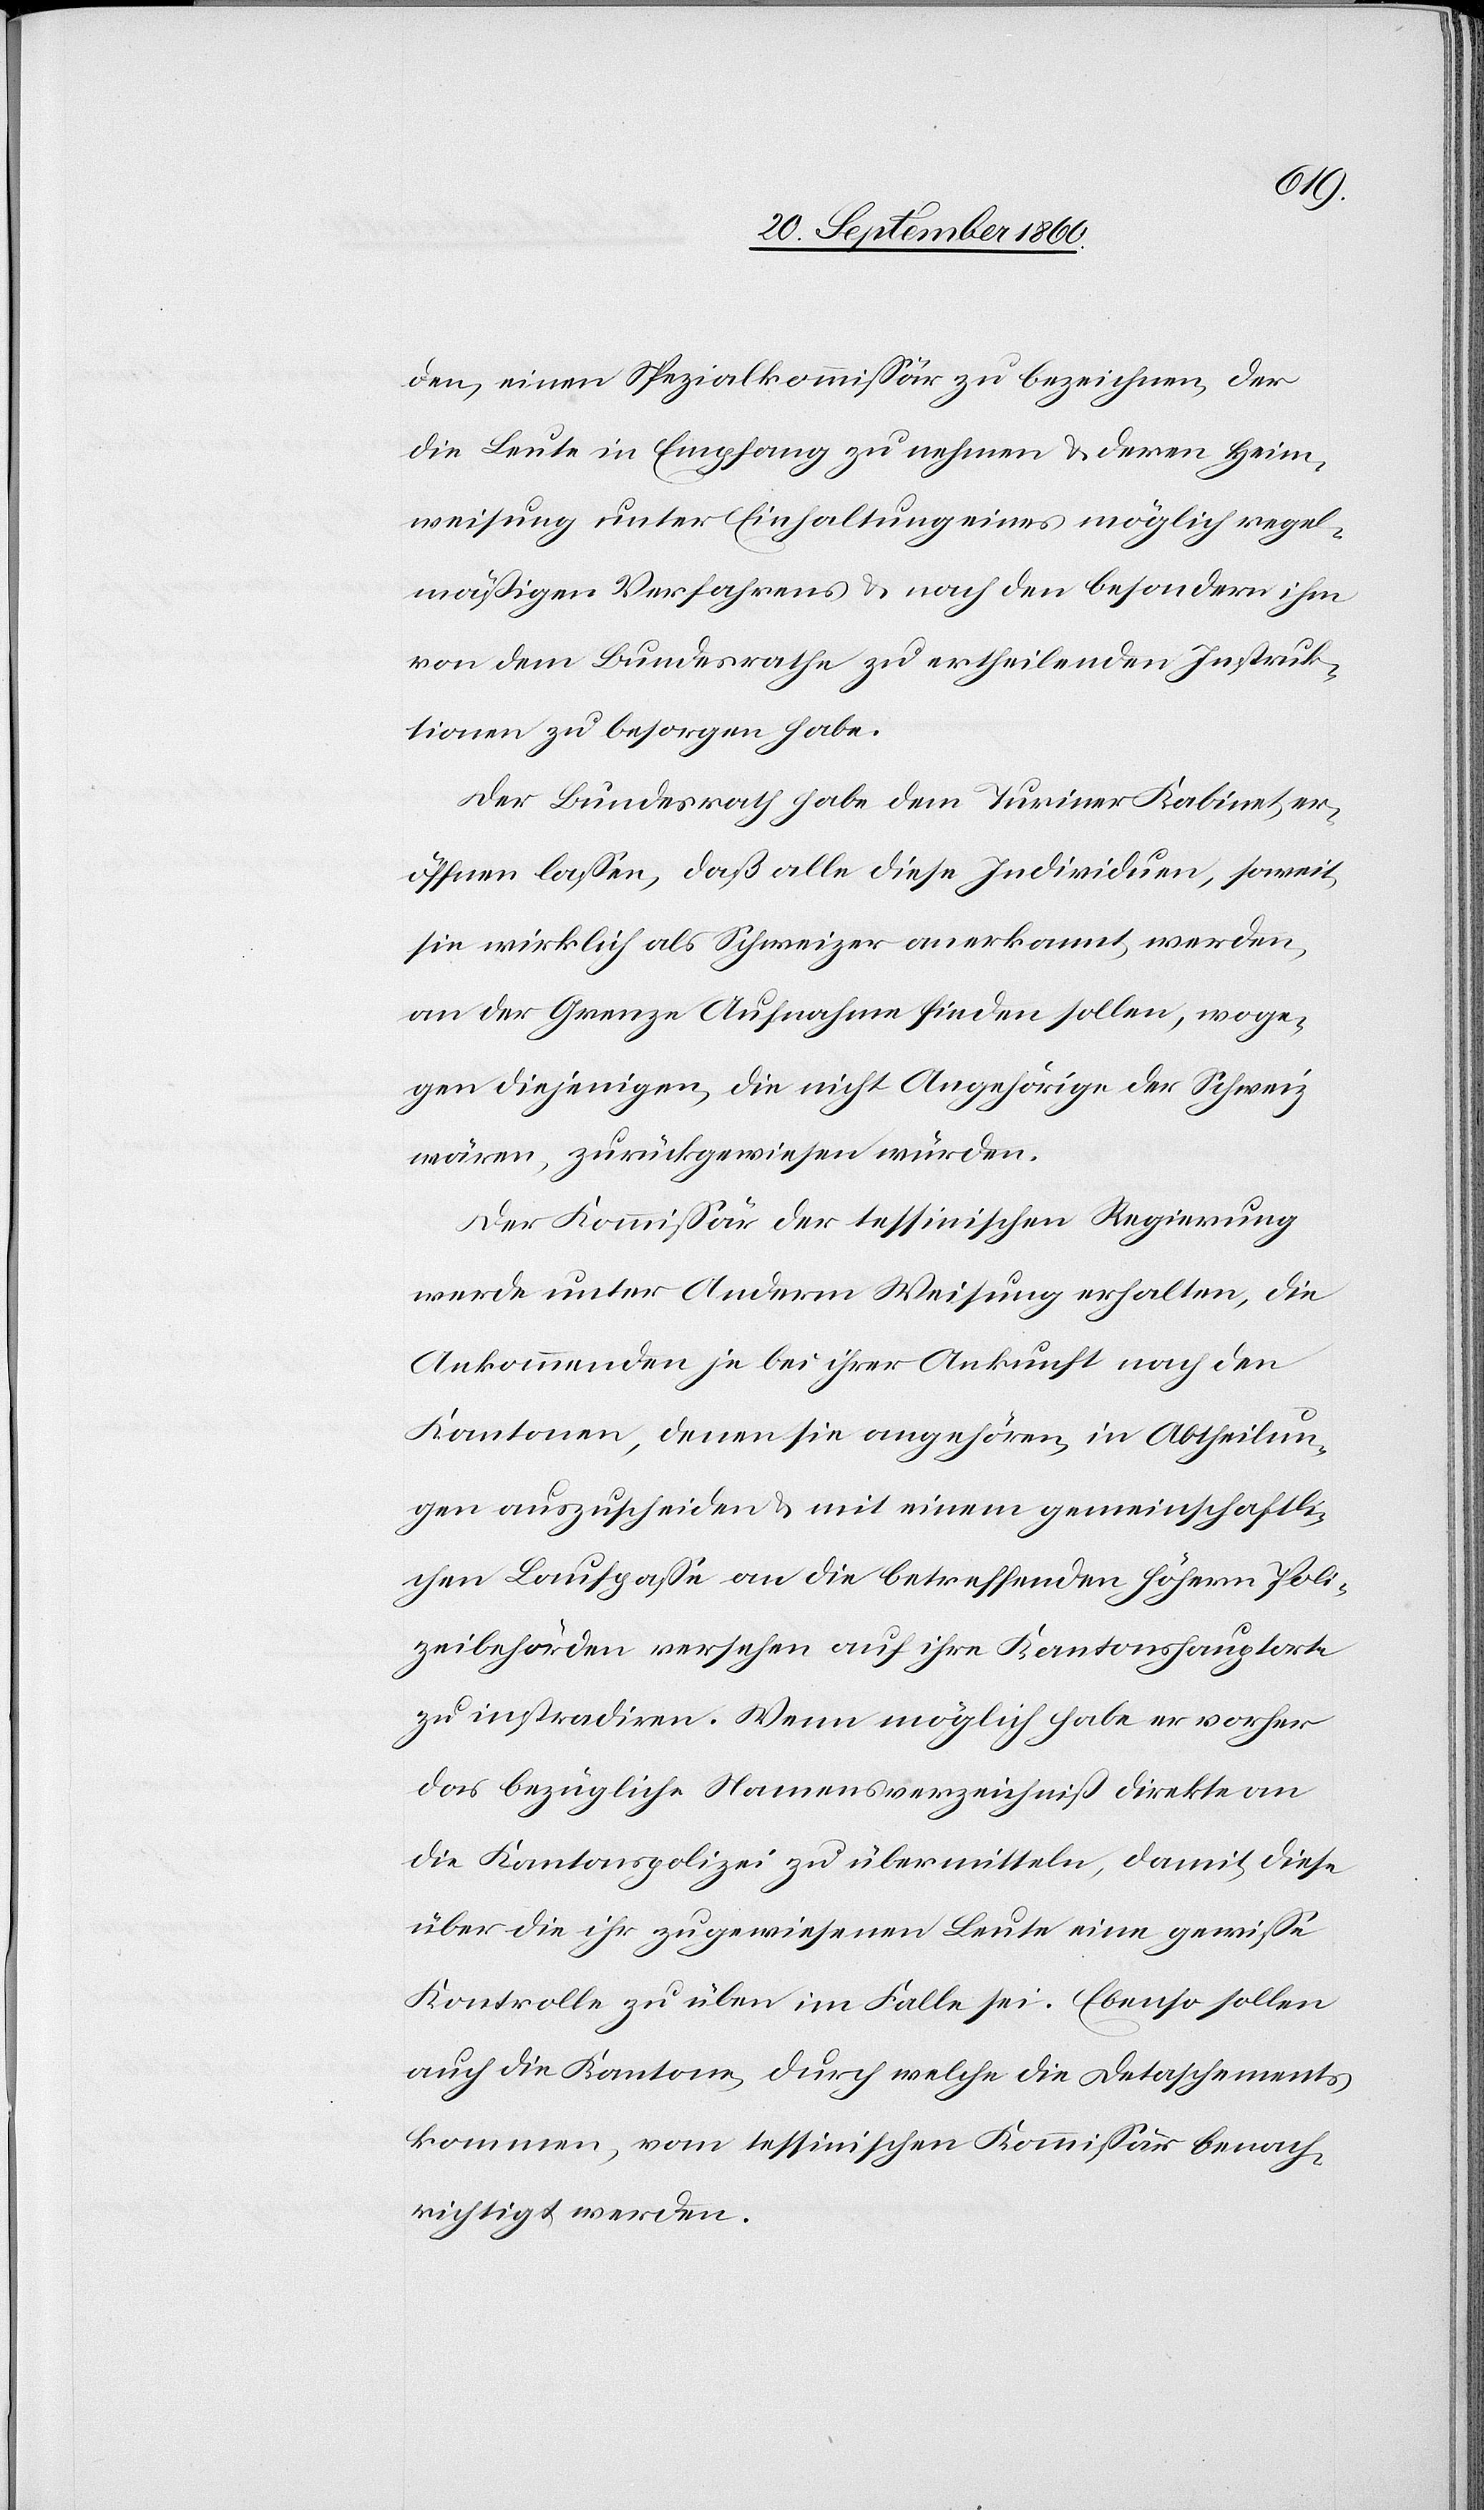
den, einen Spezialkommissär zu bezeichnen, der
die Leute in Empfang zu nehmen & deren Heim¬
weisung unter Einhaltung eines möglich regel¬
mäßigen Verfahrens & nach den besondern ihm
von dem Bundesrathe zu ertheilenden Instruk¬
tionen zu besorgen habe.
Der Bundesrath habe dem Turiner Kabinet er¬
öffnen lassen, daß alle diese Individuen, soweit
sie wirklich als Schweizer anerkannt werden,
an der Grenze Aufnahme finden sollen, woge¬
gen diejenigen, die nicht Angehörige der Schweiz
wären, zurückgewiesen würden.
Der Kommissär der tessinischen Regierung
werde unter Anderm Weisung erhalten, die
Ankommenden je bei ihrer Ankunft nach den
Kantonen, denen sie angehören, in Abtheilun¬
gen auszuscheiden & mit einem gemeinschaftli¬
chen Laufpaß an die betreffenden höhern Poli¬
zeibehörden versehen auf ihre Kantonshauptorte
zu instradiren. Wenn möglich habe er vorher
das bezügliche Namensverzeichniß direkte an
die Kantonspolizei zu übermittelt, damit diese
über die ihr zugewiesenen Leute eine gewisse
Kontrolle zu üben im Falle sei. Ebenso sollen
auch die Kantone, durch welche die Detaschements
kommen, vom tessinischen Kommissär benach¬
richtigt werden.